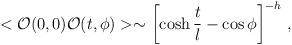
LaTeX: \begin{align*}<{\cal O}(0,0) {\cal O}(t,\phi)> \sim \left[\cosh\frac tl - \cos\phi\right]^{-h}\,, \end{align*}